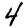
Digit: 4